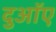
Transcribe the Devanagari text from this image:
दुआॅए